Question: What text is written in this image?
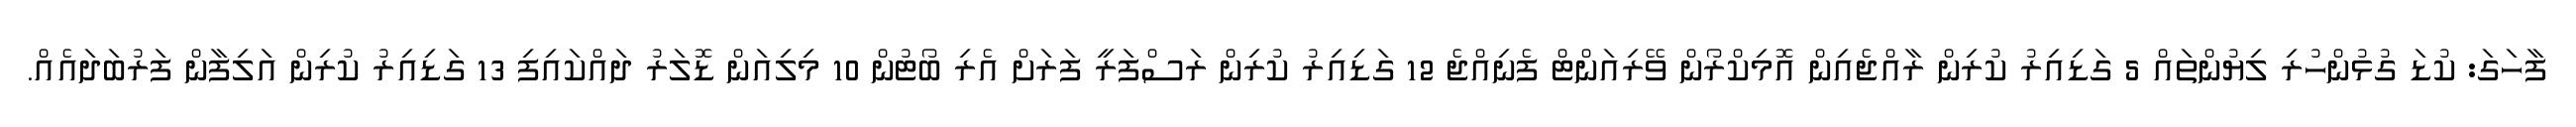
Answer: ފާހަގަ: ކުޑަ ގުޅުންހުރި ލިޔުންތައް 5 ގަޑިއިރު ކުރިން ރާއްޖެއިން އޮމިކްރޯން ވޭރިއަންޓް ފެނިއްޖެ 12 ގަޑިއިރު ކުރިން ރަސްފަރީ ފަރަށް އެރި ބޯޓުން 10 މިލިއަން ޑޮލަރު ދައްކައިފި 13 ގަޑިއިރު ކުރިން އަލިފާން ފަރުބަދައެއް.